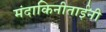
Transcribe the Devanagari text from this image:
मंदाकिनीताईंनी